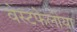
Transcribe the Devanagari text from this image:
वेस्टफेलीया